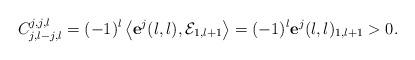
LaTeX: \begin{align*}C_{j,l-j,l}^{j,j,l}=(-1)^{l}\left\langle \mathbf{e}^j(l,l),\mathcal{E}_{1,l+1}\right\rangle =(-1)^{l}\mathbf{e}^j(l,l)_{1,l+1}>0.\end{align*}